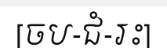
[ចប-ជំ-រះ]